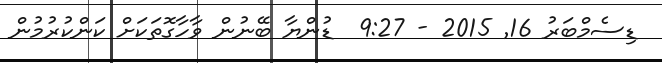
ޑިސެމްބަރު 16